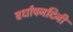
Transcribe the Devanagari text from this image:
वर्धापनदिनी